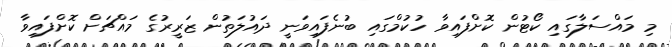
މި މައްސަލާގައި ކޯޓުން ކޮށްފައިވާ ހުކުމްގައި ބުނެފައިވަނީ ދައުލަތުން ޒަރީރުގެ މައްޗަށް ކޮށްފައިވާ